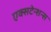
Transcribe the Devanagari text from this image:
एक्सटेन्शन्स